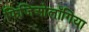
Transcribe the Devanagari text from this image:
फिजिओलॉगिया